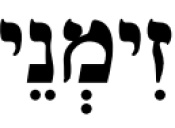
זִימְנֵי